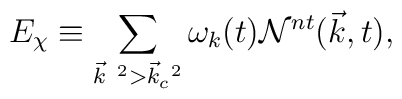
E_{\chi} \equiv \sum_{{\vec k}^{~2}>{\vec k}_c^{~2}}{\omega}_k(t) {\cal N}^{nt}({\vec k},t),